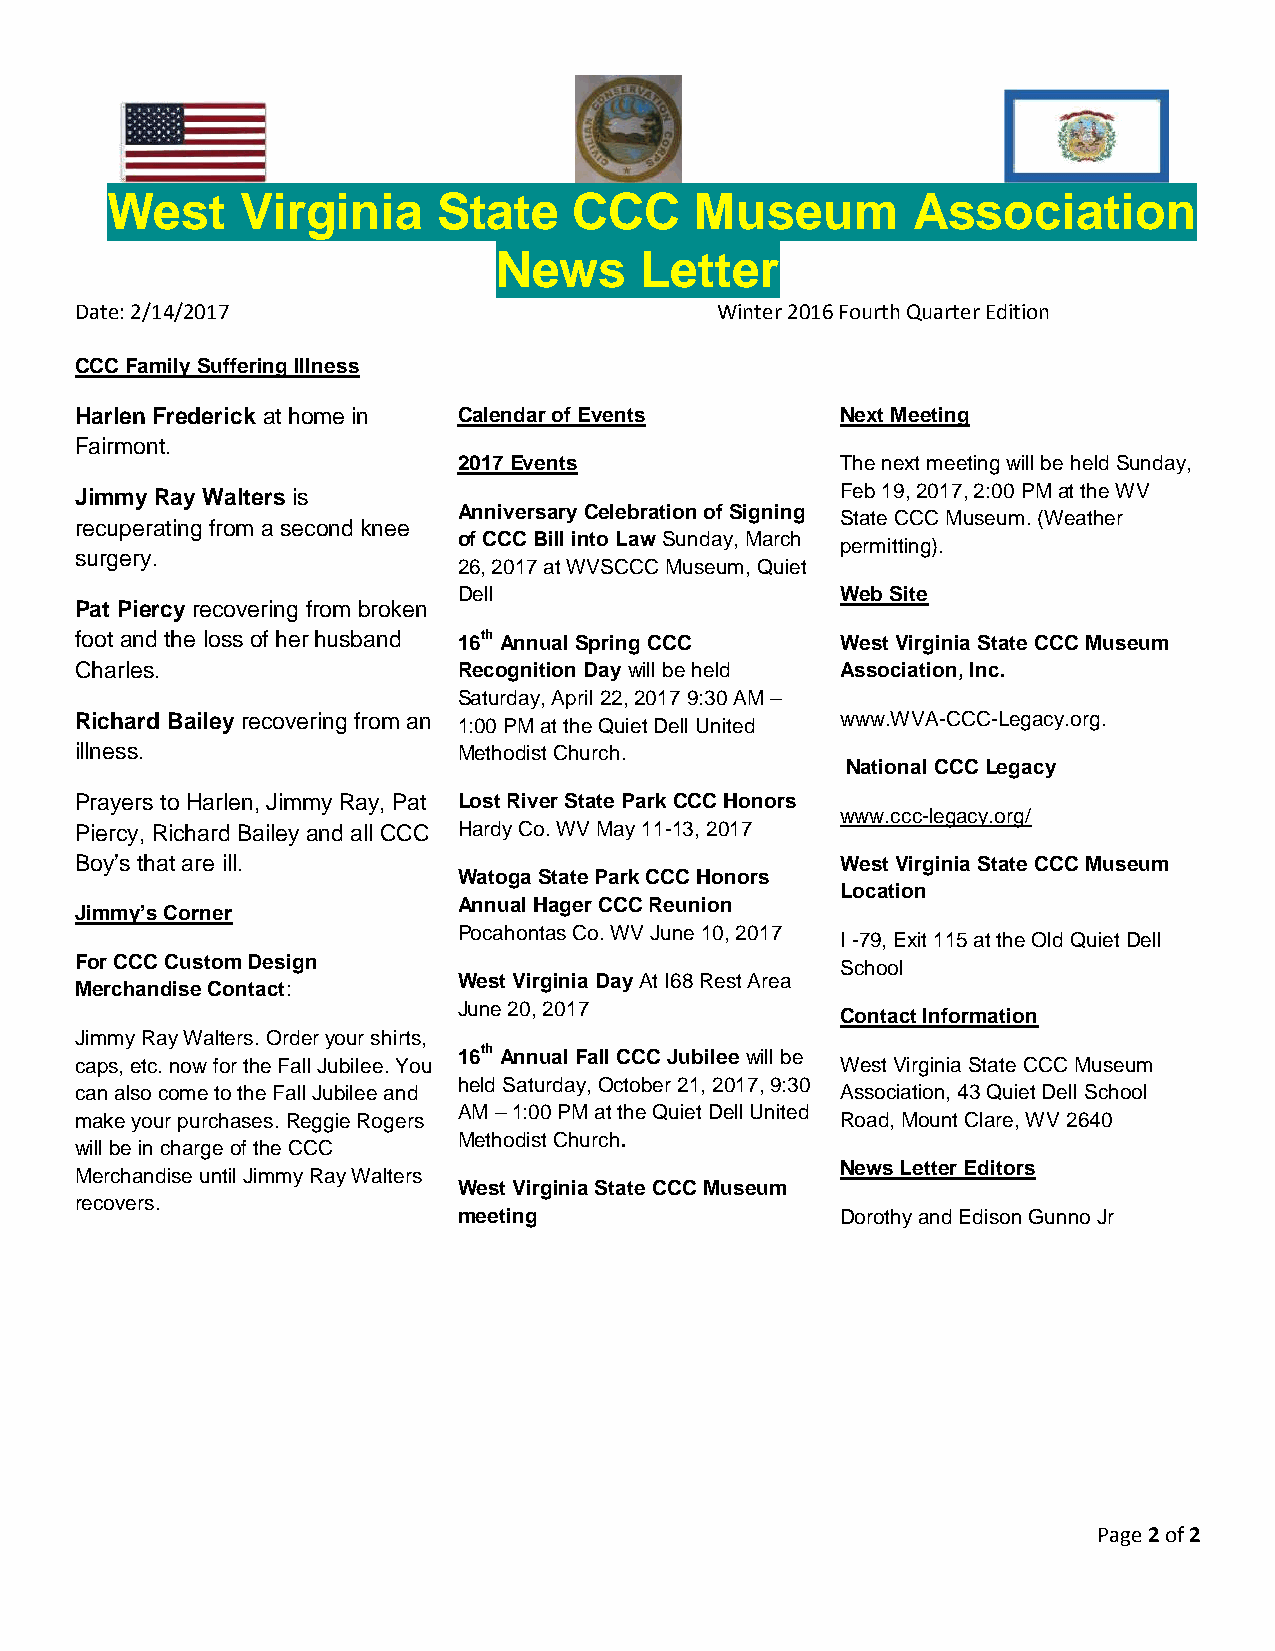
West     Virginia     State    CCC     Museum        Association
 News     Letter
 Date: 2/14/2017                           Winter 2016 Fourth Quarter Edition
 CCC Family Suffering Illness
 Harlen Frederick at home in Calendar of Events     Next Meeting
 Fairmont.
 2017 Events               The next meeting will be held Sunday,
 Jimmy Ray Walters is                               Feb 19, 2017, 2:00 PM at the WV
 Anniversary Celebration of Signing
 State CCC Museum. (Weather
 recuperating from a second knee
 of CCC Bill into Law Sunday, March
 permitting).
 surgery.
 26, 2017 at WVSCCC Museum, Quiet
 Dell                      Web Site
 Pat Piercy recovering from broken
 foot and the loss of her husband 16th Annual Spring CCC West Virginia State CCC Museum
 Charles.                 Recognition Day will be held Association, Inc.
 Saturday, April 22, 2017 9:30 AM –
 Richard Bailey recovering from an 1:00 PM at the Quiet Dell United www.WVA-CCC-Legacy.org.
 illness.                 Methodist Church.
 National CCC Legacy
 Prayers to Harlen, Jimmy Ray, Pat Lost River State Park CCC Honors
 www.ccc-legacy.org/
 Piercy, Richard Bailey and all CCC Hardy Co. WV May 11-13, 2017
 Boy’s that are ill.                                West Virginia State CCC Museum
 Watoga State Park CCC Honors
 Location
 Annual Hager CCC Reunion
 Jimmy’s Corner
 Pocahontas Co. WV June 10, 2017
 I -79, Exit 115 at the Old Quiet Dell
 For CCC Custom Design                              School
 West Virginia Day At I68 Rest Area
 Merchandise Contact:
 June 20, 2017
 Contact Information
 Jimmy Ray Walters. Order your shirts,
 16th Annual Fall CCC Jubilee will be
 caps, etc. now for the Fall Jubilee. You           West Virginia State CCC Museum
 held Saturday, October 21, 2017, 9:30
 can also come to the Fall Jubilee and              Association, 43 Quiet Dell School
 AM – 1:00 PM at the Quiet Dell United
 make your purchases. Reggie Rogers                 Road, Mount Clare, WV 2640
 Methodist Church.
 will be in charge of the CCC
 News Letter Editors
 Merchandise until Jimmy Ray Walters
 West Virginia State CCC Museum
 recovers.
 meeting                   Dorothy and Edison Gunno Jr
 Page 2 of 2